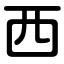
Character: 西